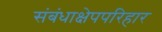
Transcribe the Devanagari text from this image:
संबंधाक्षेपपरिहार